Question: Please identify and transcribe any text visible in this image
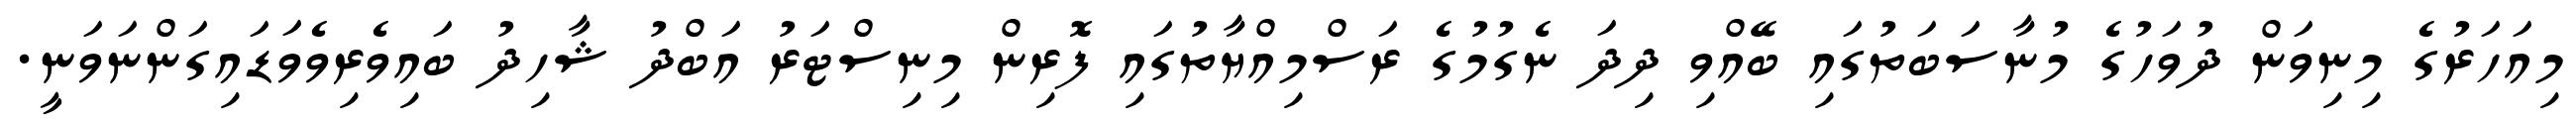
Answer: މިއަހަރުގެ މިނިވަން ދުވަހުގެ މުނާސަބަތުގައި ބޭއްވި ދިދަ ނެގުމުގެ ރަސްމިއްޔާތުގައި ފޮރިން މިނިސްޓަރު އަބްދު ޝާހިދު ބައިވެރިވެވަޑައިގަންނަވަނީ.